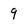
Character: 9